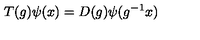
T ( g ) \psi ( x ) = D ( g ) \psi ( g ^ { - 1 } x )